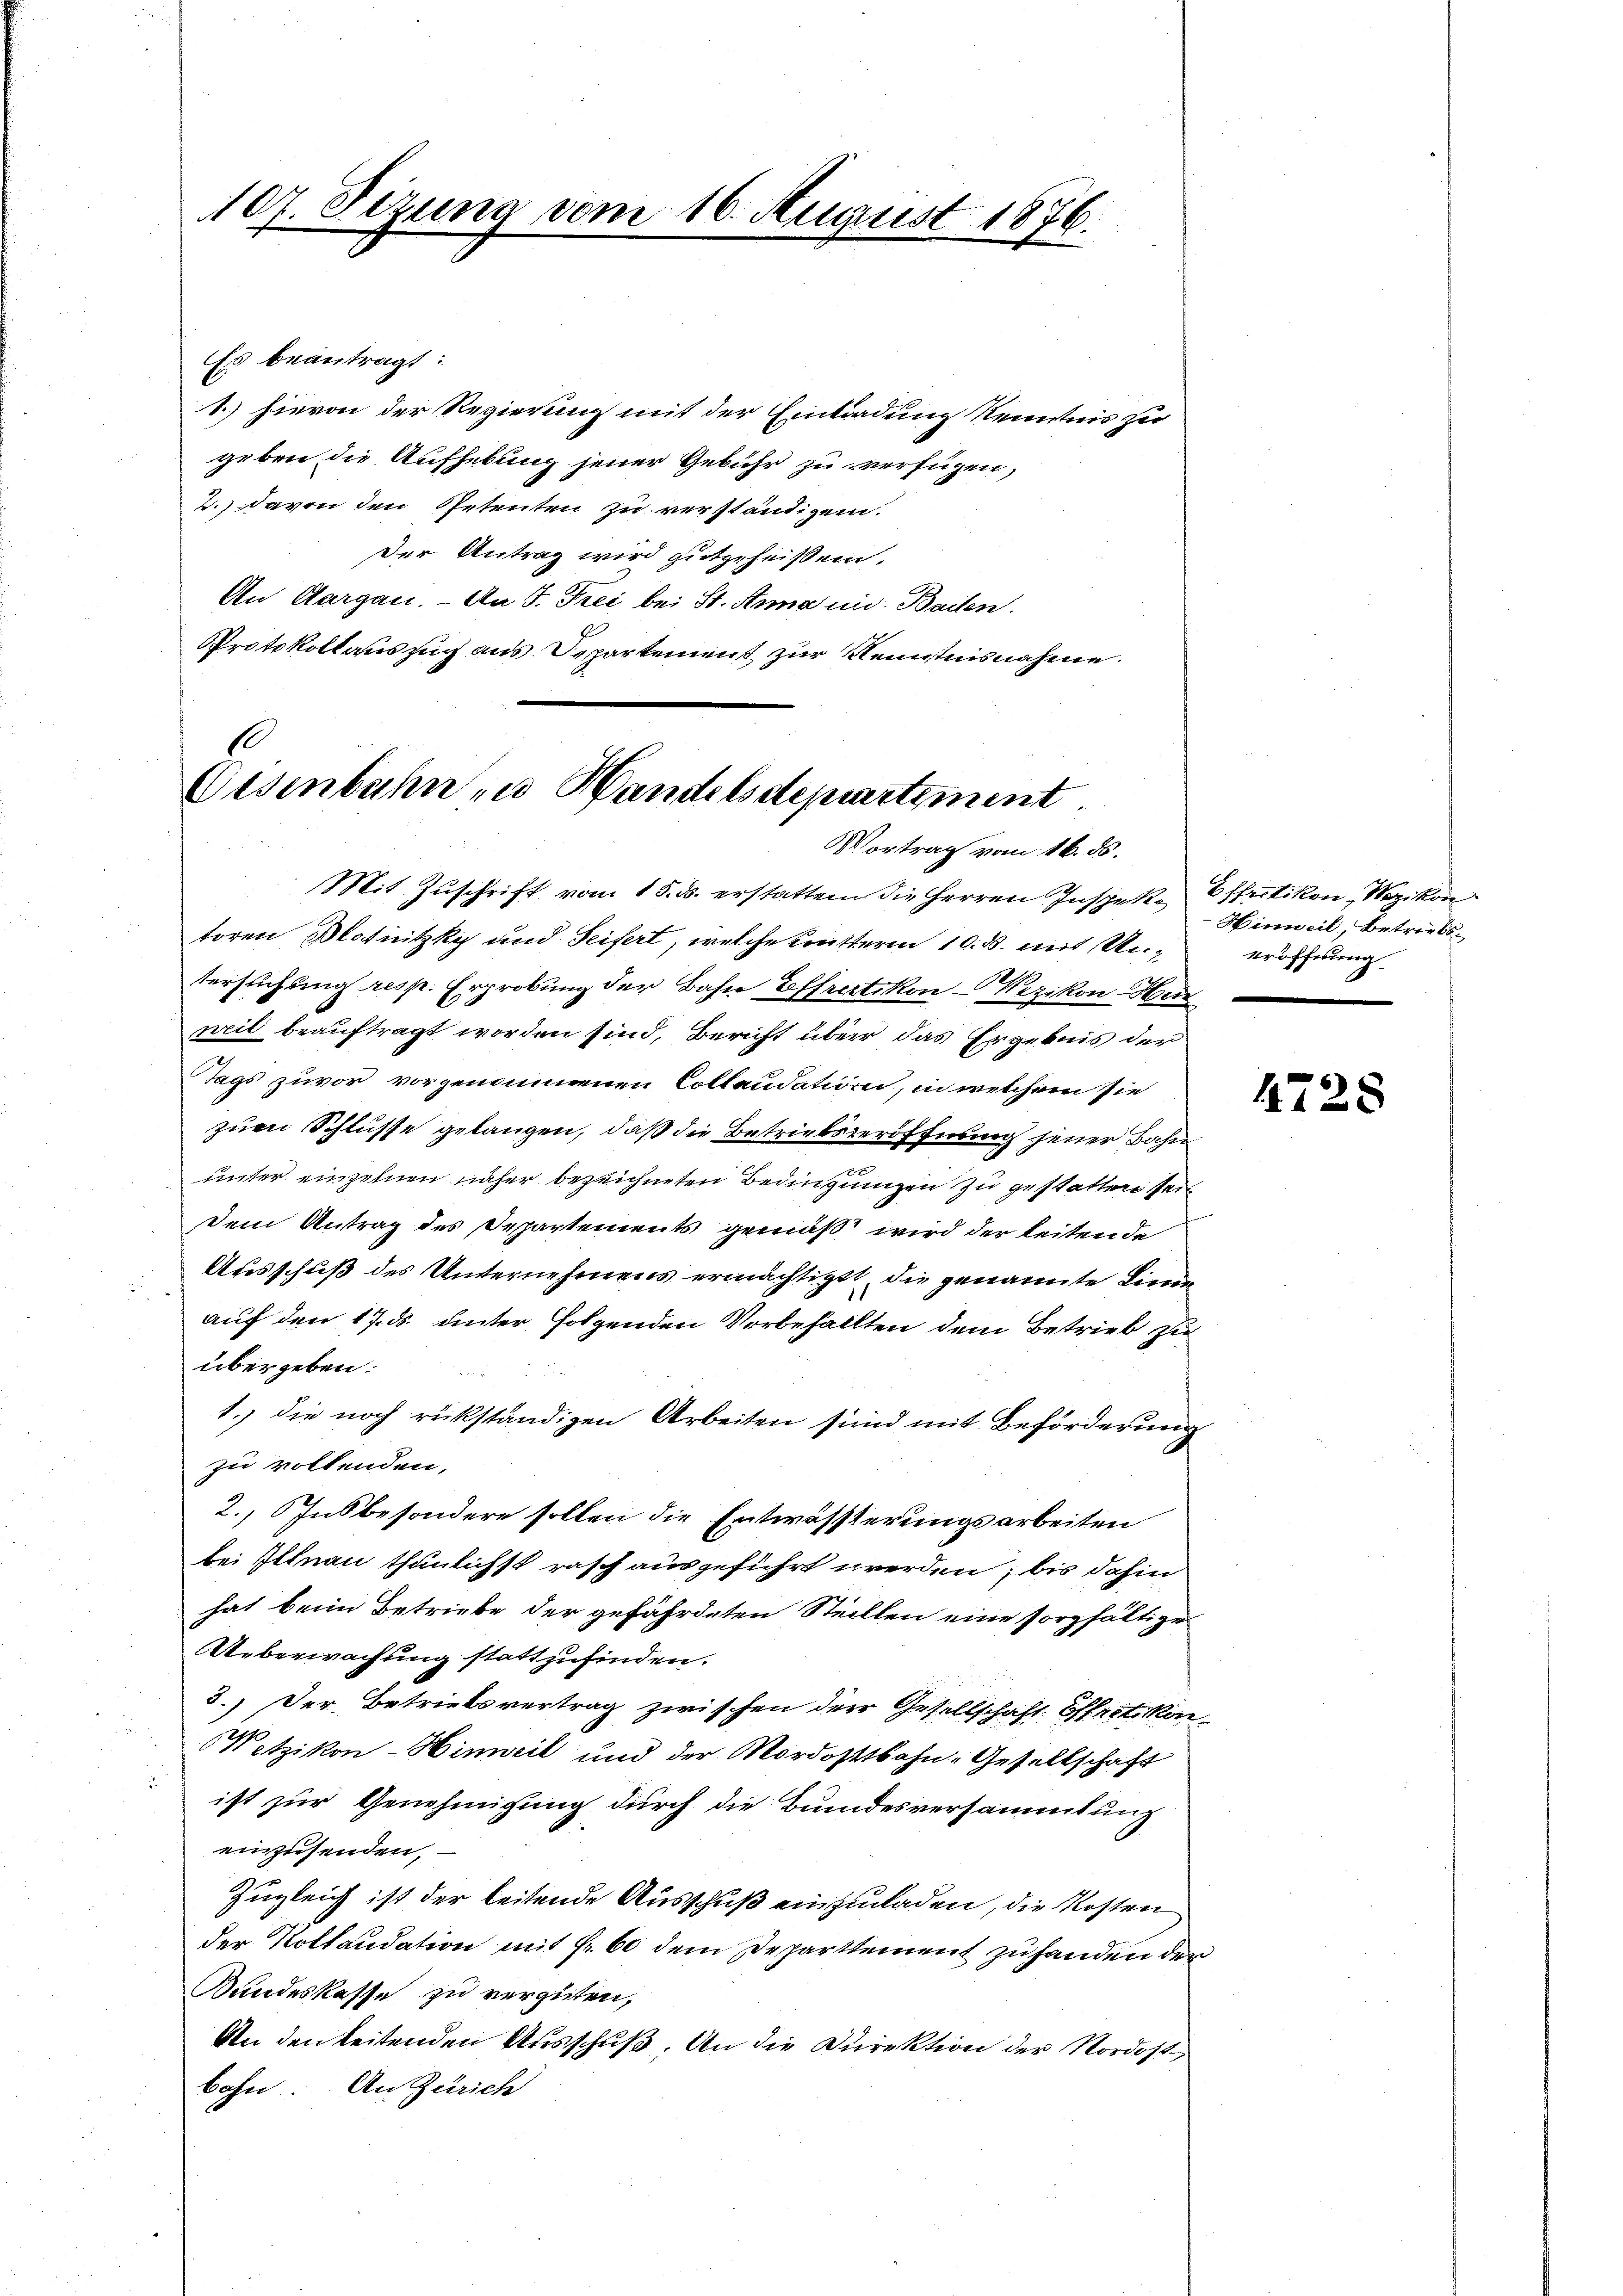
107. Sitzung vom 16. August 1876.

Es beantragt:
1.) hievon der Regierung mit der Einladung Kenntnis zu
geben die Aufhebung jener Gebühr zu verfügen,
2.) davon den Petenten zu verständigen.
Der Antrag wird gutgeheißen.
An Aargau. — An F. Frei bei St. Anna in Bailen.
Protokollauszug aus Separtement zur Kenntnisnahme.

b
Eisenbahn zu Handelsdepartiment
Vortrag vom 16. ds.

Mit Zŭschrift vom 15. ds. erstatten die Herren Inspekte Effretikon, Mozikon
toren Batinitzky und Seifert, welche Kutterm 10. ds. mit Untersuchung resp. Erprobung der Bahn Effretikon-Wezikon-Hur
nweil beauftragt worden sind, Bericht über das Ergebnis der
Tags zuvor vorgenommenen Collendation, in welchem sie
zum Schlusse gelangen, daß die Betriebsteröffnung jener Bahn
unter einzelnen näher bezeichneten Bedingungen zu gestatten sein
Dem Antrag des Departements gemäß wird der leitende
Ausschuß des Unternehmens ermächtigt, die genannte Linie
auf den 17. ds. unter folgenden Verbefällten dem Betrieb zu
übergeben.
1.) die noch rückständigen Arbeiten sind mit Beförderung
zu vollenden,
2., Insbesondere sollen die Entwössterungsarbeiten
bei Illnau thunlichst rasch ausgeführt werden; bis dahin
hat beim Betriebe der gefährdeten Steillen eine sorgfältige
Überwachung stattzufinden.
3.) Der Betriebsvertrag zwischen der Gesellschaft Offertikon-
Wetzikon-Hinweil und der Mordostbahn- Gesellschaft
 ist zur Genehmigung durch die Bundesversammlung
einzusenden,
Zugleich ist der leitende Ausschuß einzuladen, die Kosten
der Kollaudation mit Fr. 60 dem Departement zu handen der
Kundeskasse zu vergüten,
An den Seitenden Ausschuß. An die Direktion der Nordost
bohn. An Zürich

Hinweil, betriebe.
eröffnung

4728